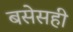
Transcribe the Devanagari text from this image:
बसेसही